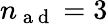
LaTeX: n_{\mathrm{~a~d~}}=3